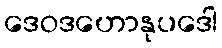
ဒေဝဒဟောနုပဒေါ